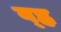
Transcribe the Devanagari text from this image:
व्ह्न